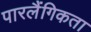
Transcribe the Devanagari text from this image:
पारलैंगिकता